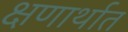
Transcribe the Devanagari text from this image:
क्षणार्थात